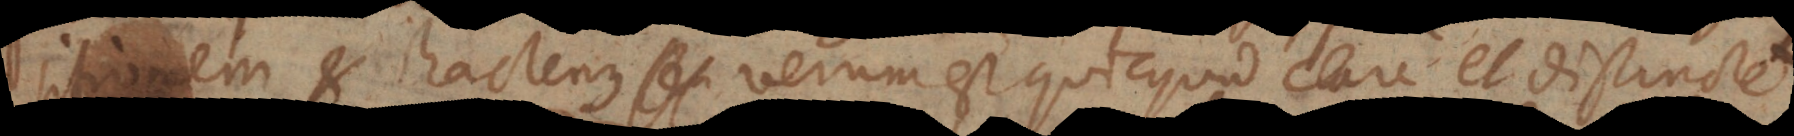
sitionem et hactenus verum est quicquid clare et distincte